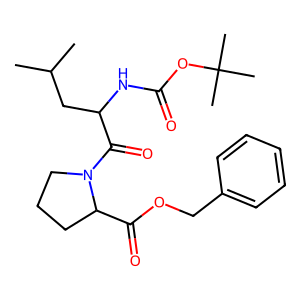
SMILES: CC(C)CC(NC(=O)OC(C)(C)C)C(=O)N1CCCC1C(=O)OCc1ccccc1
Inhibits HIV replication: No